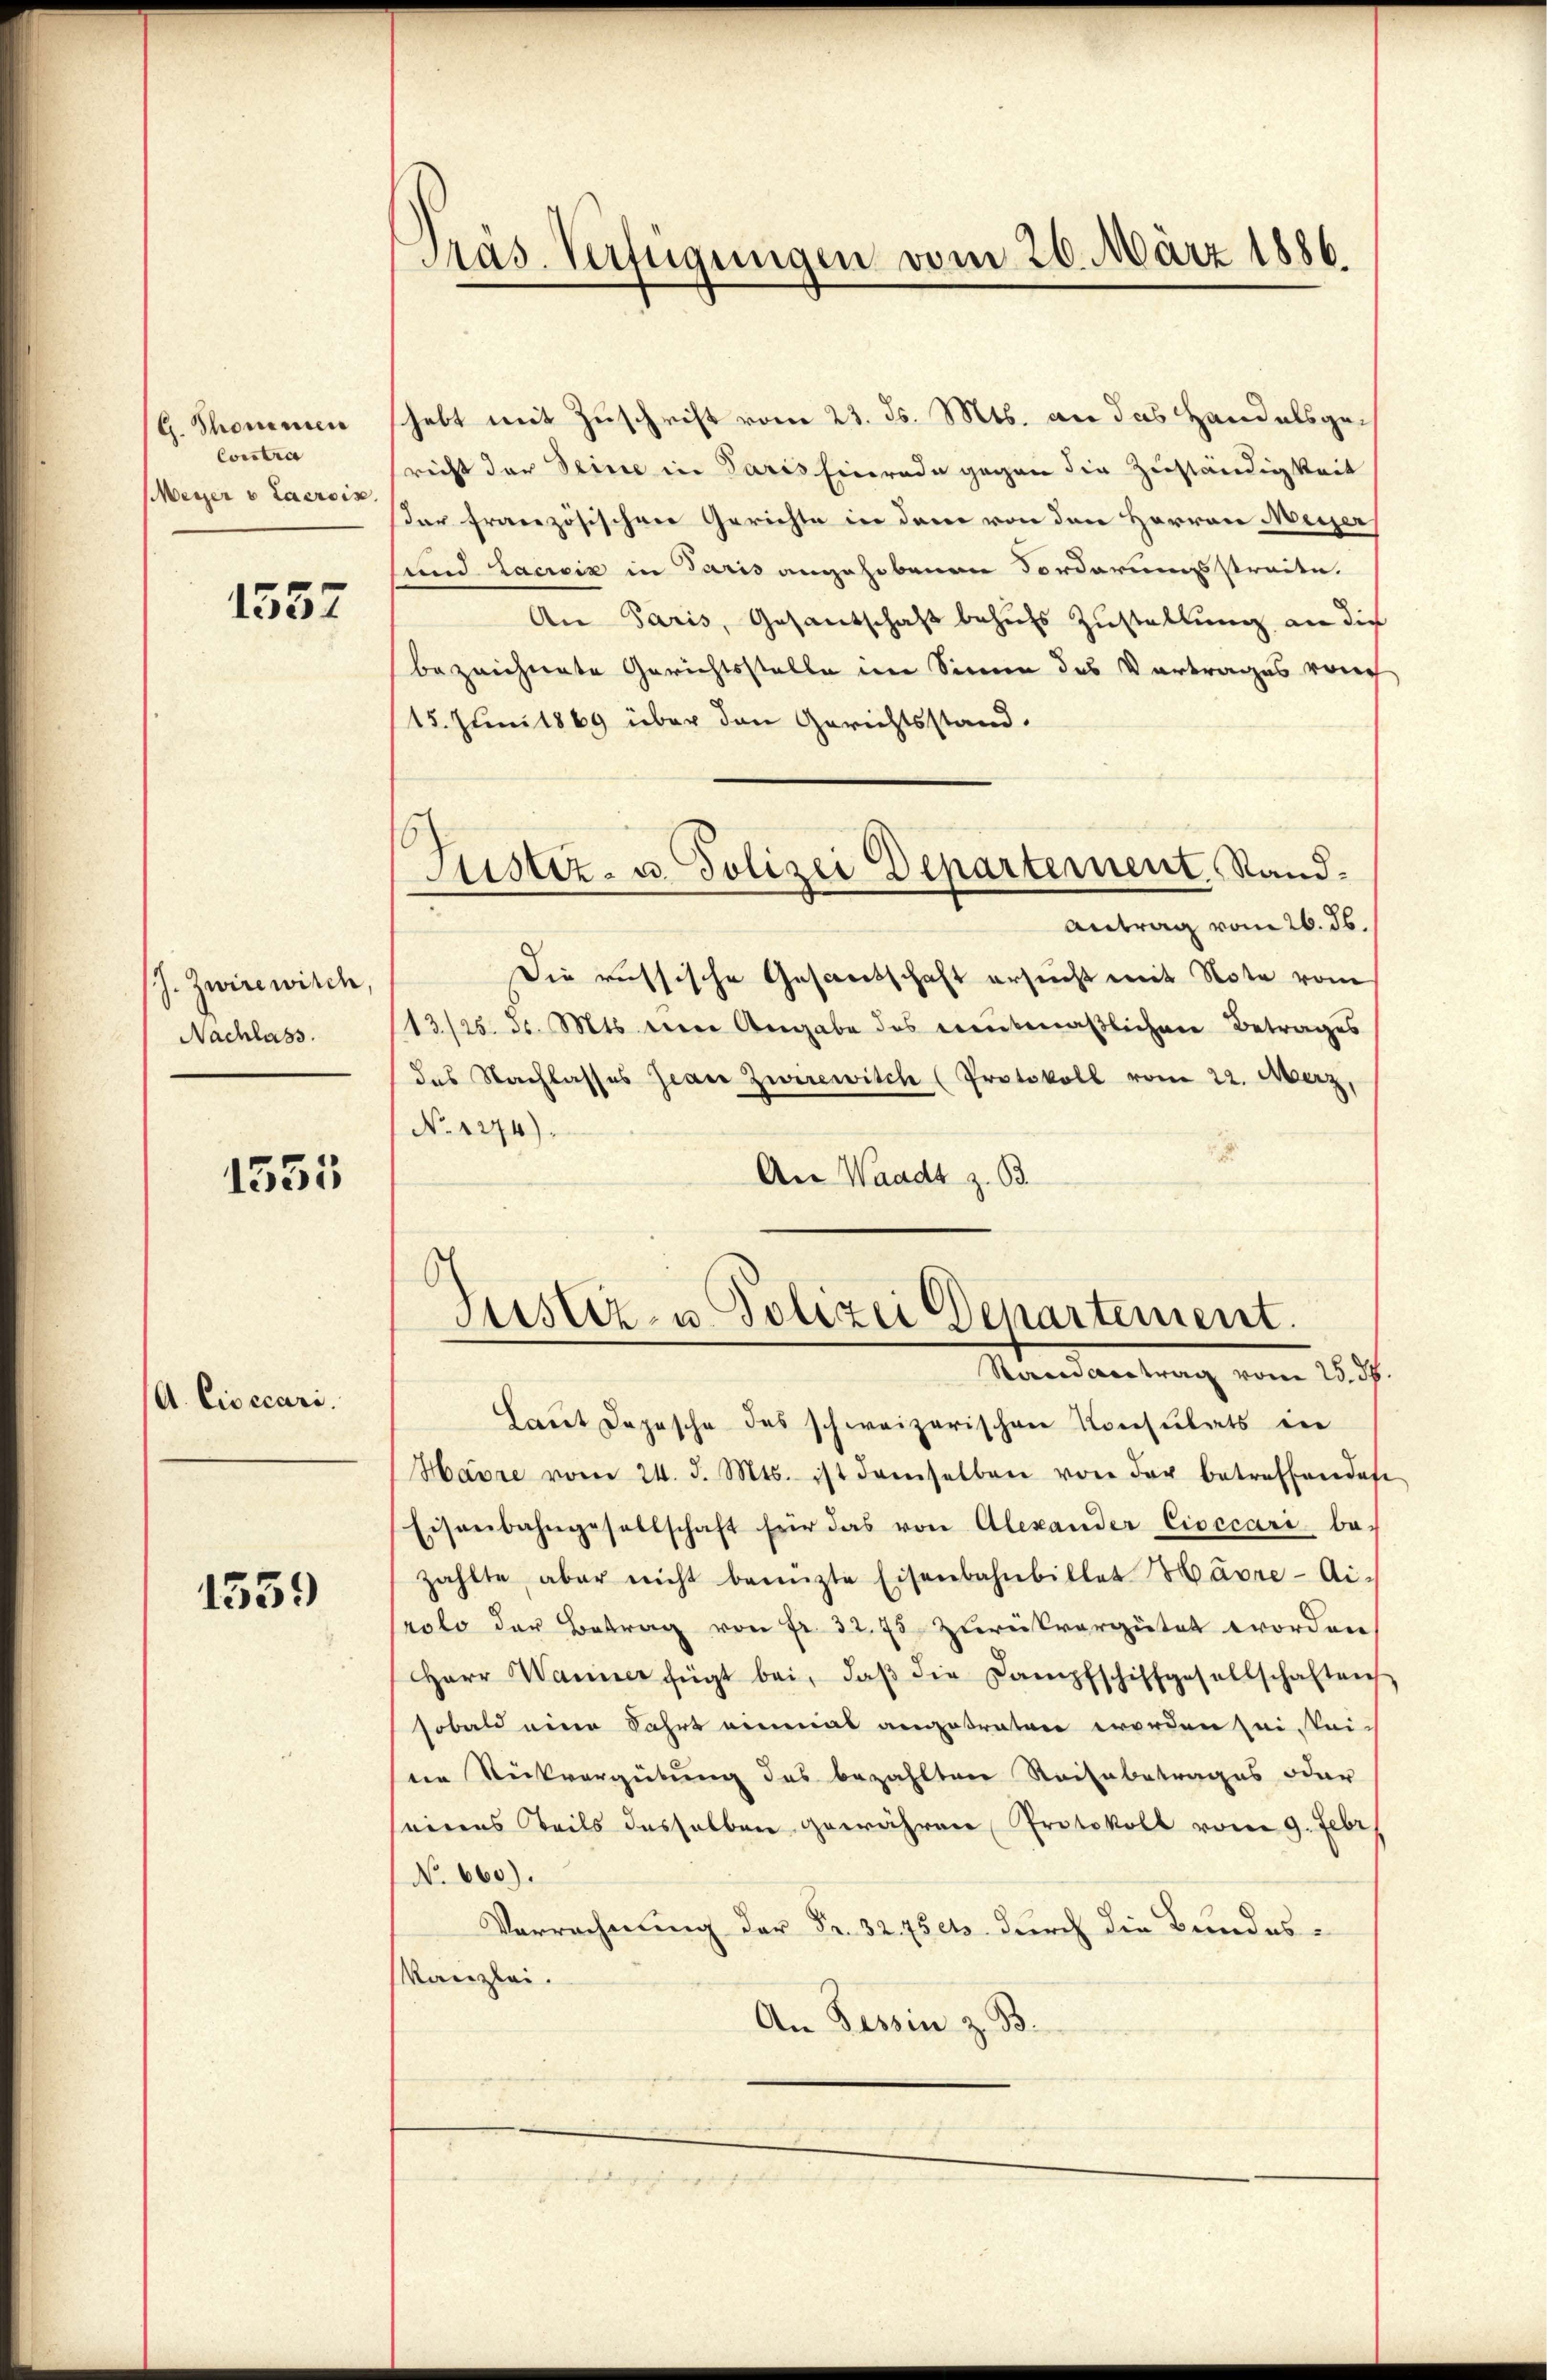
G. Thonmen
Conclus
Meyer v Lacroix.

1557

(J. Zwire wird
Nachlass.

1555

A. Civicari.

1559

Präs. Verfügungen vom 20. März 1886.

shebt mit Zuschrift vom 23. ds. Mts. an das Handelsgericht der Seine in Paris Einrade gegen die Zuständigkeit
Dar französischen Gerichte in dem von den Herren Meyer
und Lacrois in Paris angehobenen Forderungsstreite.
An Paris, Gesantschaft behufs Zustellung an die
bezeichnete Gerichtsstelle im Sinne des Vortrages von
15. Juni 1869 über den Gerichtsstand.
6
Justiz- u. Polizei Departement. Sand¬
Antrag vom 26. ds.
Die russische Gescheitschaft ersucht mit Note vom
13/25. d. Mts. eine Angabe des treubeaßlichen Betrages
das Nachlasses Jean Zwerewitch (Protokoll vom 22. Merz,
No 1274).
An Waadt z. B.

Laut Depesche des schweizerischen Konsulats in
Havre vom 24. d. Mts. ist demselben von der betreffendes
Eisenbahngesellschaft für das von Alexander Cioccari be-
zahlte, aber nicht benuzte Eisenbahnbillet Härre-Ai-
Prolo der Betrag von Fr. 32. 75 zurückvergütet worden
Herr Wanner fügt bei, daβ die Dampfschiffgesellschaften
sobald eine Fahrt einmal angetreten worden sei eiter Rückvergütung des bezahlten Raisabetrages oder
seinens Teils desselben gewähren Protokoll vom 9. Febr.
No 660).
Verrechnung der Fr. 3275 ets durch die Bundes¬
Kanzlei.
An Tessin z. B.

Justiz- u Polizei Departement.
Raneantrag vom 25. 38.